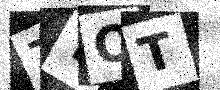
Text: 7YOT